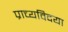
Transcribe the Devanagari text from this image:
प्राच्यविदया